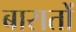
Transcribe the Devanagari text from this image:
बारातों